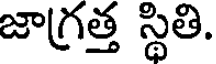
జాగ్రత్త స్థితి.